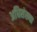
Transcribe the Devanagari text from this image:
अधिसंख्या